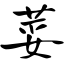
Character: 荽